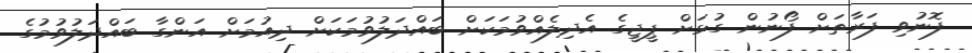
ފޮނުވި ފަރާތަށް ފޯނުން ގުޅަށް ޕީޖީގެ އެދިލެއްވުމަކަށް ބައްދަލުވުމަކަށް ދިއުމަށް އަންގާ ބައްދަލުވުމުގެ